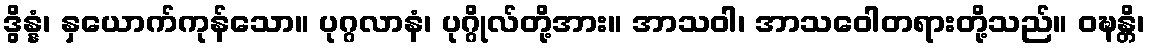
ဒွိန္နံ၊ နှယောက်ကုန်သော။ ပုဂ္ဂလာနံ၊ ပုဂ္ဂိုလ်တို့အား။ အာသဝါ၊ အာသဝေါတရားတို့သည်။ ဝဍ္ဎန္တိ၊